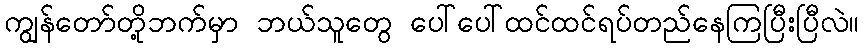
ကျွန်တော်တို့ဘက်မှာ ဘယ်သူတွေ ပေါ်ပေါ်ထင်ထင်ရပ်တည်နေကြပြီးပြီလဲ။